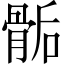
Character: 骺